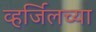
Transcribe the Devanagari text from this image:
व्हर्जिलच्या